Annual report of the Imperial Bacteriological Laboratory, Muktesar
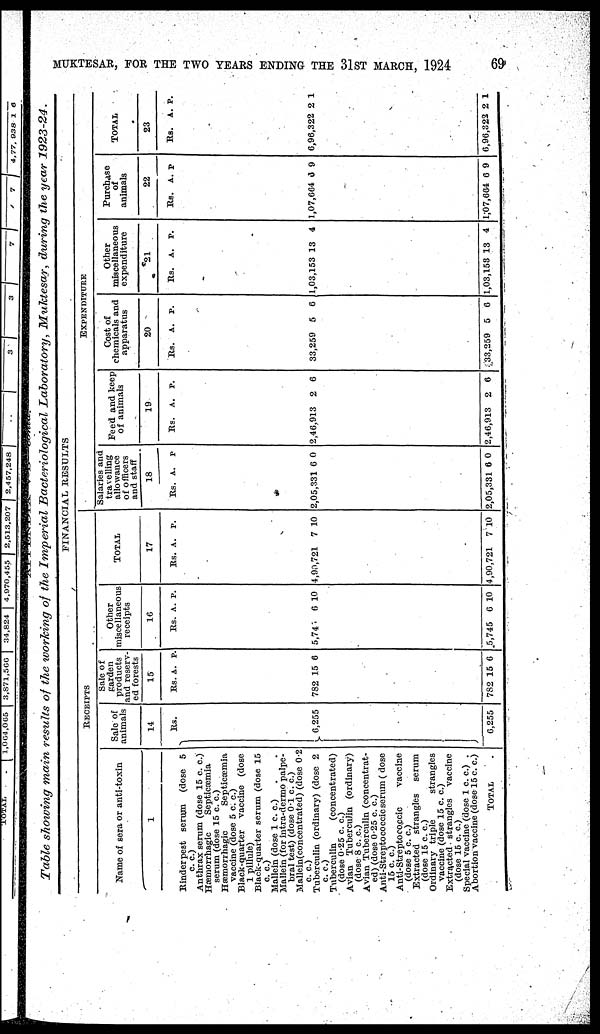
MUKTESAR, FOR THE TWO YEARS ENDING THE 31ST MARCH, 1924
69
Table showing main results of the working of the Imperial Bacteriological Laboratory, Muktesar, during the year 1923-24.
RECEIPTS
Name of sera or anti-toxin
1
Rinderpest serum
(dose 5
c. c.)
Anthrax serum (dose 15 c. c.)
Hæmorrhagic
Septicæmia
serum (dose 15 c. c.)
Hæmorrhagic
Septicæmia
vaccine (dose 5 c. c.)
Black-quarter
vaccine (dose
1 pillule)
Black-quarter serum (dose 15
c. c.)
Mallein (dose 1 c. c.)
Mallein (for intra-dermo palpe-
bral test) (dose 0.1 c. c.)
Mallein(concentrated) (dose 0.2
c. c.)
Tuberculin (ordinary) (dose 2
c. c.)
Tuberculin
(concentrated)
(dose 0.25 c. c.)
Avian Tuberculin (ordinary)
(dose 8 c. c.)
Avian Tuberculin (concentrat-
ed) (dose 0.25 c. c.)
Anti-Streptococcic serum (dose
15 c. c.)
Anti-Streptococcic
vaccine
(dose 5 c. c.)
Extracted strangles
serum
(dose 15 c. c.)
Ordinary triple
strangles
vaccine (dose 15 c. c.)
Extracted strangles
vaccine
(dose 15 c. c.)
Special vaccine (dose 1 c. c.) .
Abortion vaccine (dose 15 c. c.)
TOTAL
Sale of
animals
14
Rs.
} 6,255
6,255
Sale of
garden
products
and reserv-
ed for
15
Rs.
782
782
A.
15
15
P.
6
6
FINANCIAL RESULTS
Other
miscellaneous
receipts
16
Rs.
5,745
5,745
A.
6
6
P.
10
10
TOTAL
17
Rs.
4,90,721
4,90,721
A.
7
7
P.
10
10
Salaries and
travelling
allowances
of officers
and staff
18
Rs.
2,05,331
2,05,331
A.
6
6
P.
0
0
EXPENDITURE
Feed and keep
of
animals
19
Rs.
2,46,913
2,46,913
A.
2
2
P.
6
6
Cost of
chemicals and
appartus
20
Rs.
33,259
33,259
A.
5
5
P.
6
6
Other
miscellaneous
expenditure
21
Rs.
1,03,153
1,03,153
A.
13
13
P.
4
4
Purchase
of
animals
22
Rs.
1,07,664
1,07,664
A.
6
6
P.
9
9
TOTAL
23
Rs.
6,96,322
6,96,323
A.
2
2
P.
1
1